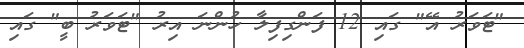
"ޓަވަރު އޭ" ގައި 12 ފަންގިފިލާ ހުންނަ އިރު "ޓަވަރު ބީ" ގައި